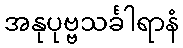
အနုပုဗ္ဗသင်္ခါရာနံ